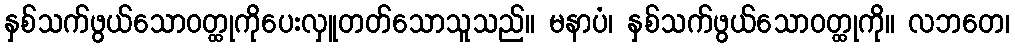
နှစ်သက်ဖွယ်သောဝတ္ထုကိုပေးလှူတတ်သောသူသည်။ မနာပံ၊ နှစ်သက်ဖွယ်သောဝတ္ထုကို။ လဘတေ၊